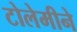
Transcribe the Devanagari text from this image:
टोलेमीने